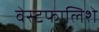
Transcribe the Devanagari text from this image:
वेस्टफालिशे